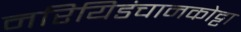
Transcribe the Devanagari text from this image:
नरियिडंचानकोट्टा